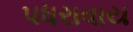
પધરાવાય